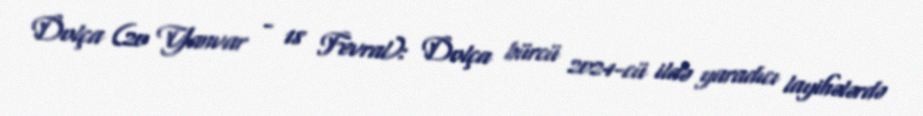
Dolça (20 Yanvar - 18 Fevral): Dolça bürcü 2024-cü ildə yaradıcı layihələrdə